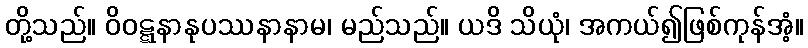
တို့သည်။ ဝိဝဋ္ဋနာနုပဿနာနာမ၊ မည်သည်။ ယဒိ သိယုံ၊ အကယ်၍ဖြစ်ကုန်အံ့။